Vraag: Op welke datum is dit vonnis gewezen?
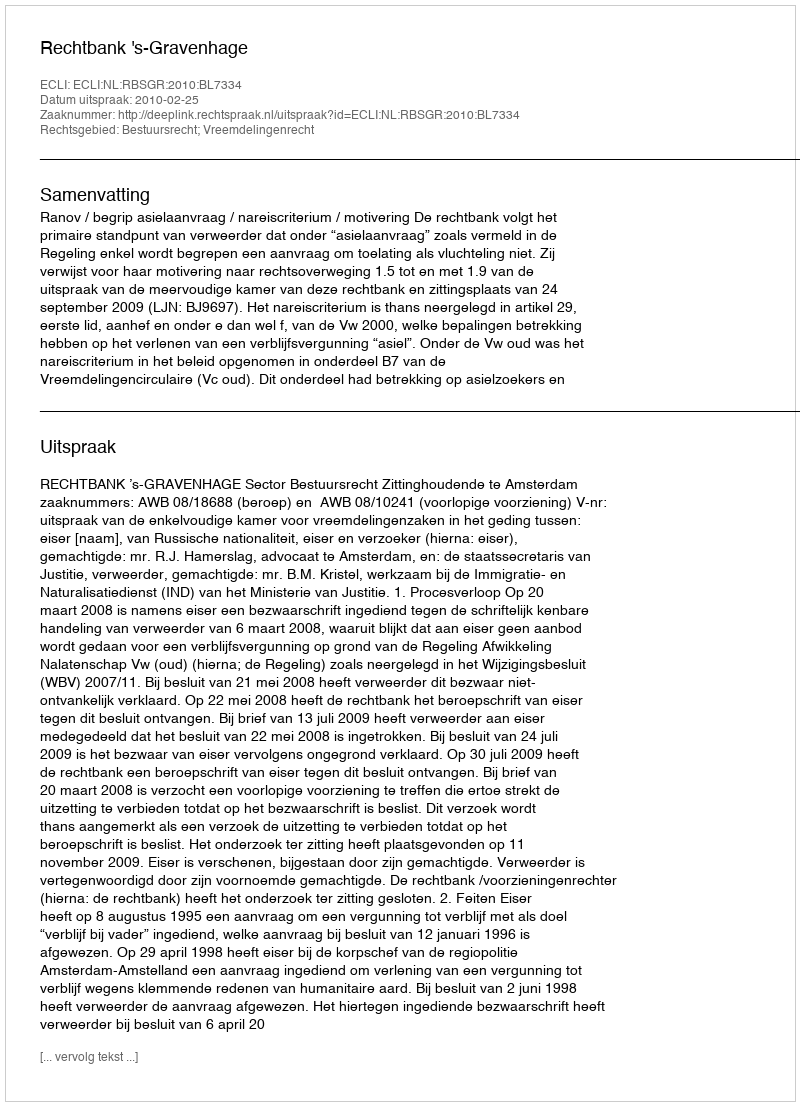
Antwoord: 2010-02-25